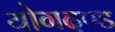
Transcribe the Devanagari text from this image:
योगदण्ड